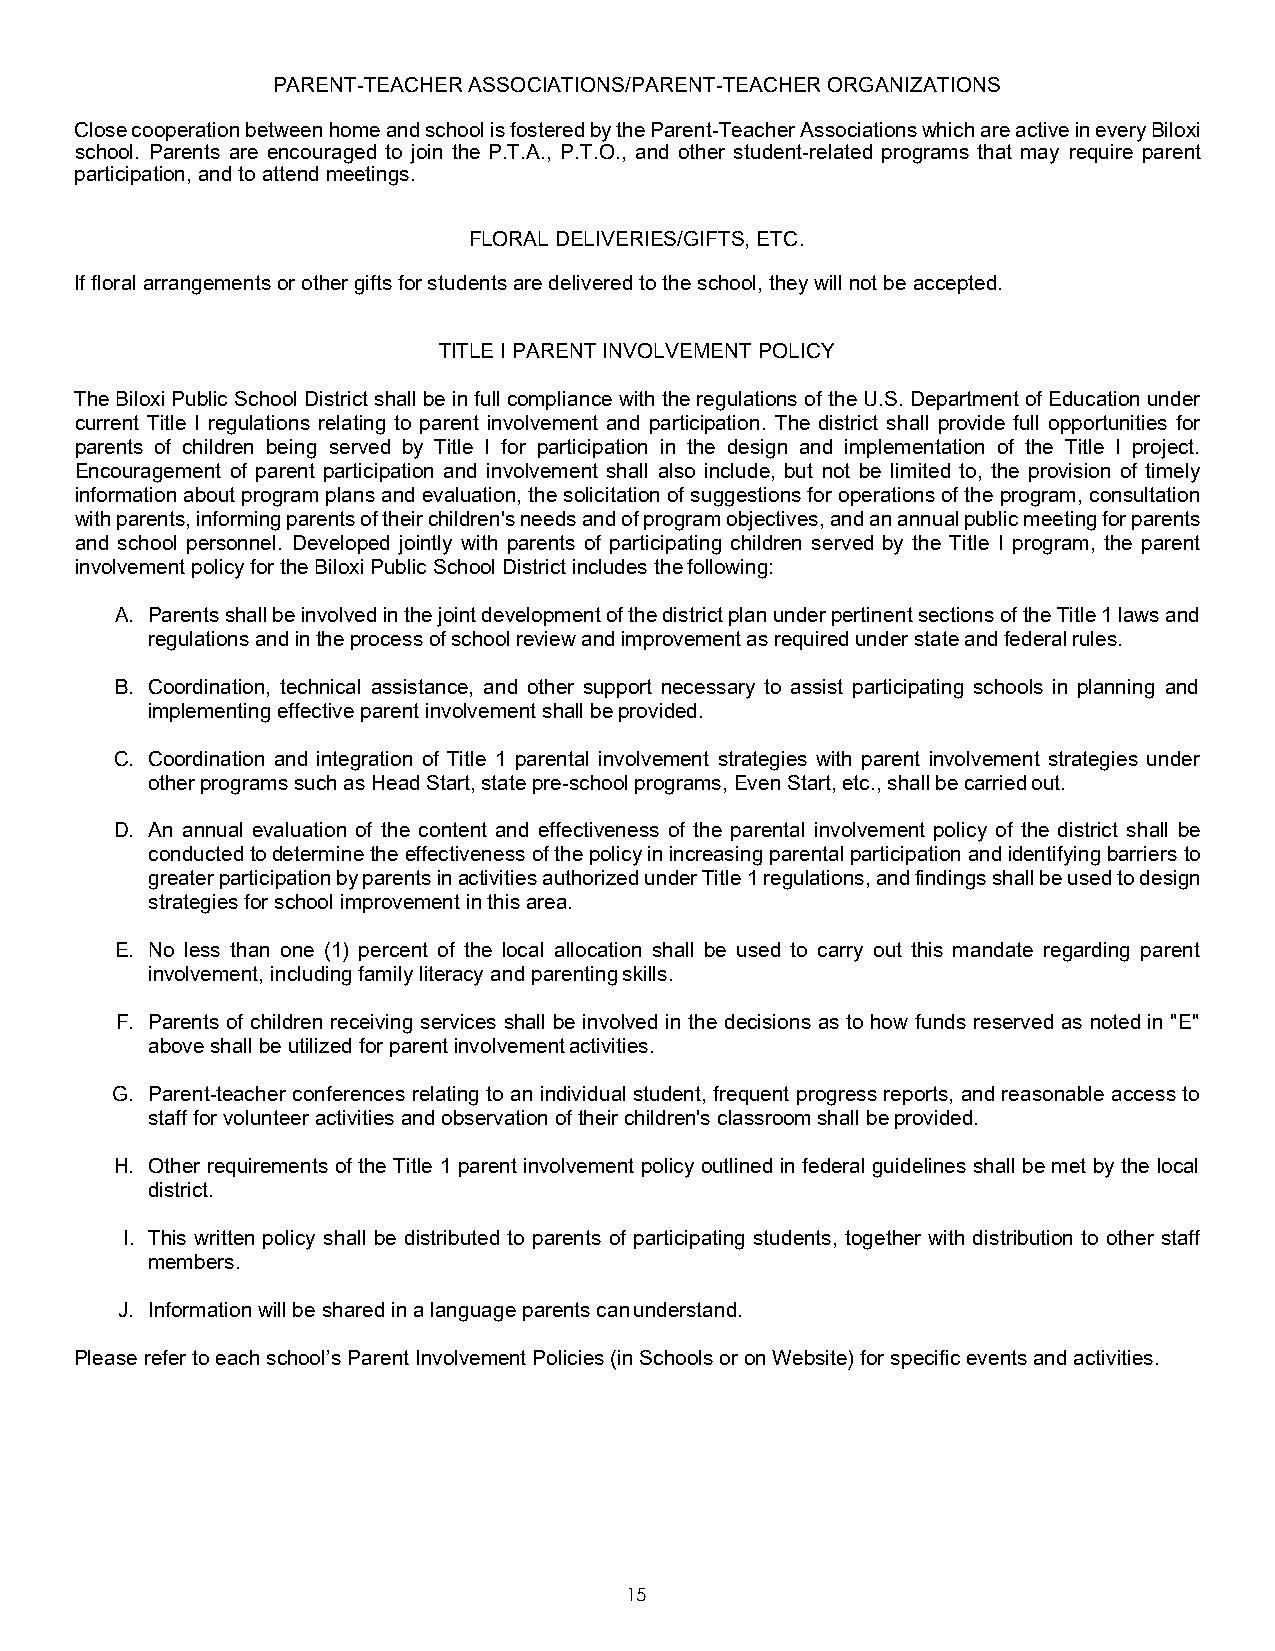
PARENT-TEACHER ASSOCIATIONS/PARENT-TEACHER ORGANIZATIONS
 Close cooperation between home and school is fostered by the Parent-Teacher Associations which are active in every Biloxi
 school. Parents are encouraged to join the P.T.A., P.T.O., and other student-related programs that may require parent
 participation, and to attend meetings.
 FLORAL DELIVERIES/GIFTS, ETC.
 If floral arrangements or other gifts for students are delivered to the school, they will not be accepted.
 TITLE I PARENT INVOLVEMENT POLICY
 The Biloxi Public School District shall be in full compliance with the regulations of the U.S. Department of Education under
 current Title I regulations relating to parent involvement and participation. The district shall provide full opportunities for
 parents of children being served by Title I for participation in the design and implementation of the Title I project.
 Encouragement of parent participation and involvement shall also include, but not be limited to, the provision of timely
 information about program plans and evaluation, the solicitation of suggestions for operations of the program, consultation
 with parents, informing parents of their children's needs and of program objectives, and an annual public meeting for parents
 and school personnel. Developed jointly with parents of participating children served by the Title I program, the parent
 involvement policy for the Biloxi Public School District includes the following:
 A. Parents shall be involved in the joint development of the district plan under pertinent sections of the Title 1 laws and
 regulations and in the process of school review and improvement as required under state and federal rules.
 B. Coordination, technical assistance, and other support necessary to assist participating schools in planning and
 implementing effective parent involvement shall be provided.
 C. Coordination and integration of Title 1 parental involvement strategies with parent involvement strategies under
 other programs such as Head Start, state pre-school programs, Even Start, etc., shall be carried out.
 D. An annual evaluation of the content and effectiveness of the parental involvement policy of the district shall be
 conducted to determine the effectiveness of the policy in increasing parental participation and identifying barriers to
 greater participation by parents in activities authorized under Title 1 regulations, and findings shall be used to design
 strategies for school improvement in this area.
 E. No less than one (1) percent of the local allocation shall be used to carry out this mandate regarding parent
 involvement, including family literacy and parenting skills.
 F. Parents of children receiving services shall be involved in the decisions as to how funds reserved as noted in "E"
 above shall be utilized for parent involvement activities.
 G. Parent-teacher conferences relating to an individual student, frequent progress reports, and reasonable access to
 staff for volunteer activities and observation of their children's classroom shall be provided.
 H. Other requirements of the Title 1 parent involvement policy outlined in federal guidelines shall be met by the local
 district.
 I. This written policy shall be distributed to parents of participating students, together with distribution to other staff
 members.
 J. Information will be shared in a language parents can understand.
 Please refer to each school’s Parent Involvement Policies (in Schools or on Website) for specific events and activities.
 15